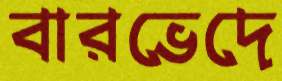
বারভেদে